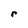
Character: r